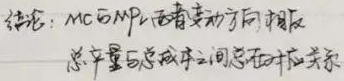
结论：MC与MPL两者变动方向相反，总产量与总成本之间总存在对应关系。